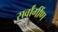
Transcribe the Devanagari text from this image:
सर्वांगींण